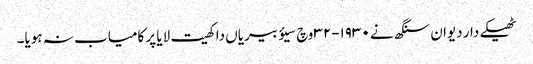
ٹھیکے دار دیوان سنگھ نے ١٩٣٠-٣٢ وچ سیؤ بیریاں دا کھیت لایا پر کامیاب نہ ہویا۔